Leaving Certificate Examination (including Day School Certificate (Higher) General paper), 1934
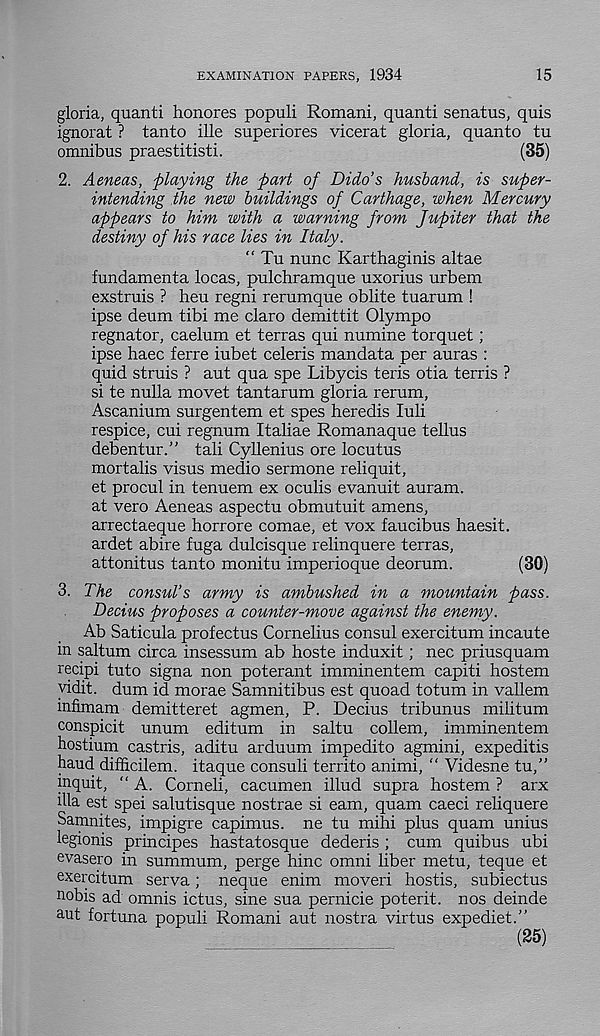
EXAMINATION PAPERS, 1934
15
gloria, quanti honores populi Romani, quanti senatus, quis
ignorat ? tanto ille superiores vicerat gloria, quanto tu
omnibus praestitisti.
(35)
2. Aeneas, playing the part of Dido’s husband, is super-
intending the new buildings of Carthage, when Mercury
appears to him with a warning from Jupiter that the
destiny of his race lies in Italy.
“ Tu nunc Karthaginis altae
fundamenta locas, pulchramque uxorius urbem
exstruis ? heu regni rerumque oblite tuarum !
ipse deum tibi me claro demittit Olympo
regnator, caelum et terras qui numine torquet;
ipse haec ferre iubet celeris mandata per auras :
quid struis ? aut qua spe Libycis teris otia terris ?
si te nulla movet tantarum gloria rerum,
Ascanium surgentem et spes heredis luli
respice, cui regnum Italiae Romanaque tellus
debentur.” tali Cyllenius ore locutus
mortalis visus medio sermone reliquit,
et procul in tenuem ex oculis evanuit auram.
at vero Aeneas aspectu obmutuit amens,
arrectaeque horrore comae, et vox faucibus haesit.
ardet abire fuga dulcisque relinquere terras,
attonitus tanto monitu imperioque deorum.
(30)
3. The consul’s army is ambushed in a mountain pass.
Decius proposes a counter-move against the enemy.
Ab Saticula profectus Cornelius consul exercitum incaute
in saltum circa insessum ab hoste induxit; nec priusquam
recipi tuto signa non poterant imminentem capiti hostem
vidit. dum id morae Samnitibus est quoad totum in valient
infimam demitteret agmen, P. Decius tribunus militum
conspicit unum editum in saltu collem, imminentem
hostium castris, aditu arduum impedito agmini, expeditis
baud difficilem. itaque consult territo animi, “ Videsne tu,”
inquit, " A. Corneli, cacumen illud supra hostem ? arx
ilia est spei salutisque nostrae si earn, quam caeci reliquere
Samnites, impigre capimus. ne tu mihi plus quam unius
legionis principes hastatosque dederis ; cum quibus ubi
evasero in summum, perge bine omni liber metu, teque et
exercitum serva; neque enim moveri hostis, subiectus
nobis ad omnis ictus, sine sua pernicie poterit. nos deinde
aut fortuna populi Romani aut nostra virtus expediet.”
(25)